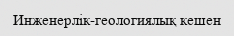
Инженерлік-геологиялық кешен